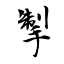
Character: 掣